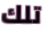
تلك